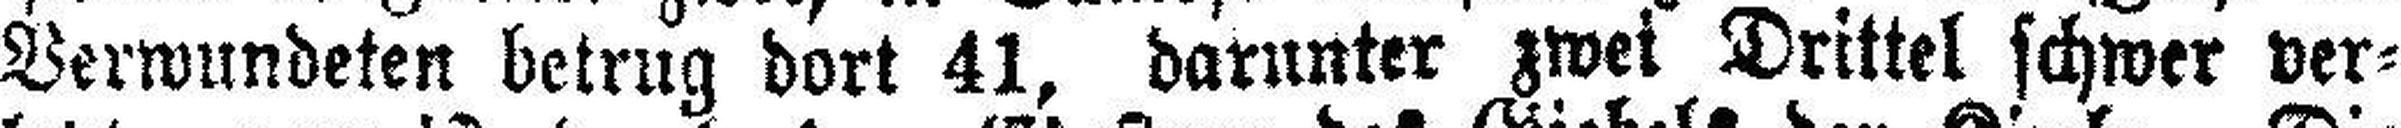
Verwundeten betrug dort 41, darunter zwei Drittel schwer ver¬